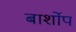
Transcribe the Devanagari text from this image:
बार्शोप